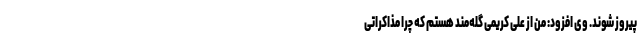
پیروز شوند. وی افزود: من از علی کریمی گله‌مند هستم که چرا مذاکراتی